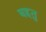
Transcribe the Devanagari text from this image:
बहतु